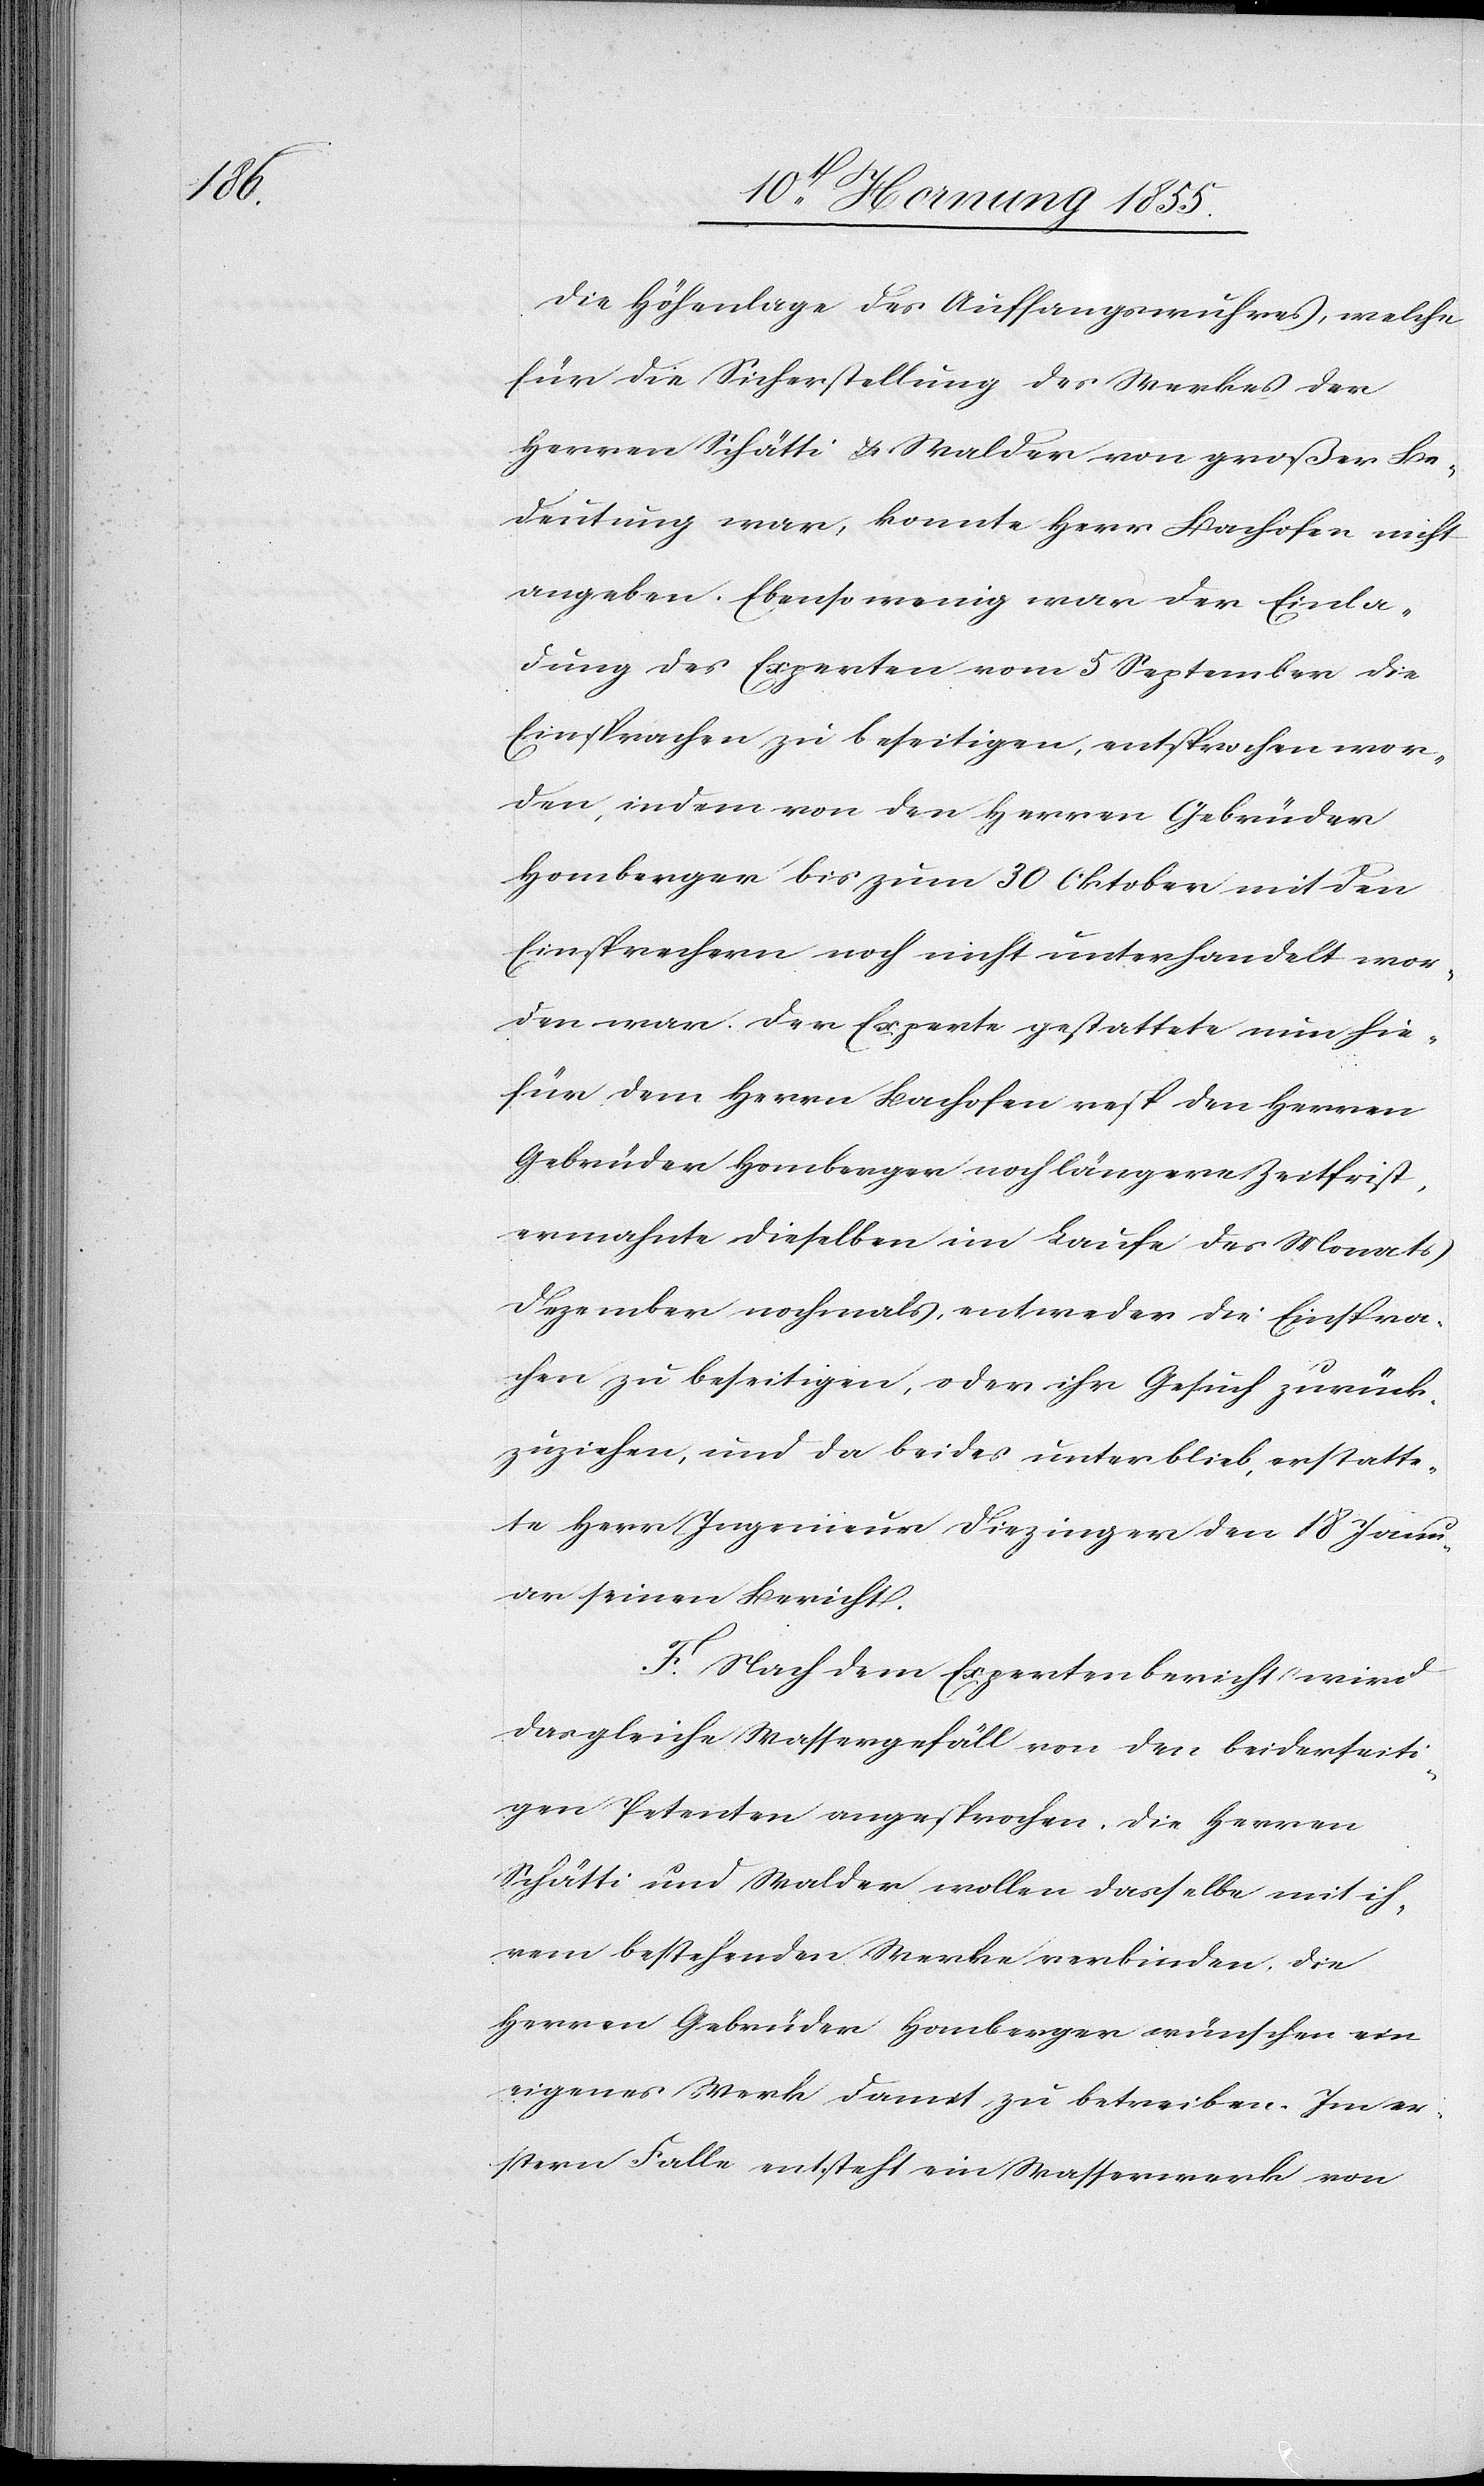
Die Höhenlage des Auffangswuhres, welche
für die Sicherstellung des Werkes der
Herren Schätti & Walder von großer Be¬
deutung war, konnte Herr Bachofen nicht
angeben. Ebenso wenig war der Einla¬
dung des Experten vom 5 September die
Einsprachen zu beseitigen, entsprochen wor¬
den, indem von den Herren Gebrüder
Homberger bis zum 30 Oktober mit den
Einsprechern noch nicht unterhandelt wor¬
den war. Der Experte gestattete nun hie¬
für dem Herrn Bachofen resp. den Herren
Gebrüder Homberger noch längere Zeitfrist,
ermahnte dieselben im Laufe des Monats
Dezember nochmals, entweder die Einspra¬
chen zu beseitigen, oder ihr Gesuch zurück¬
zuziehen, und da beides unterblieb, erstatte¬
te Herr Ingenieur Diezinger den 18 Janu¬
ar seinen Bericht.
F. Nach dem Expertenbericht wird
das gleiche Wassergefäll von den beiderseiti¬
gen Petenten angesprochen. Die Herren
Schätti und Walder wollen dasselbe mit ih¬
rem bestehenden Werke verbinden, die
Herren Gebrüder Homberger wünschen ein
eigenes Werk damit zu betreiben. Im er¬
stern Falle entsteht ein Wasserwerk von